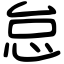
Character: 怠